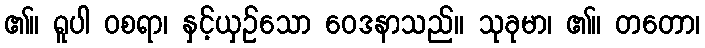
၏။ ရူပါ ဝစရာ၊ နှင့်ယှဉ်သော ဝေဒနာသည်။ သုခုမာ၊ ၏။ တတော၊